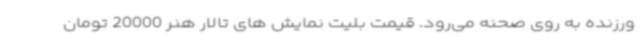
ورزنده به روی صحنه می‌رود. قیمت بلیت نمایش های تالار هنر 20000 تومان